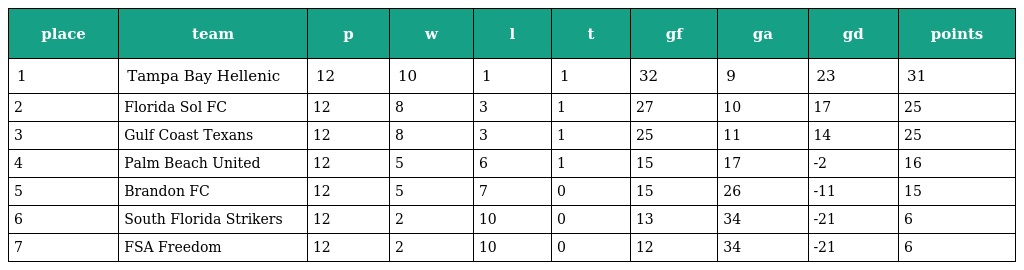
| place | team | p | w | l | t | gf | ga | gd | points |
 | --- | --- | --- | --- | --- | --- | --- | --- | --- | --- |
 | 1 | Tampa Bay Hellenic | 12 | 10 | 1 | 1 | 32 | 9 | 23 | 31 |
 | 2 | Florida Sol FC | 12 | 8 | 3 | 1 | 27 | 10 | 17 | 25 |
 | 3 | Gulf Coast Texans | 12 | 8 | 3 | 1 | 25 | 11 | 14 | 25 |
 | 4 | Palm Beach United | 12 | 5 | 6 | 1 | 15 | 17 | -2 | 16 |
 | 5 | Brandon FC | 12 | 5 | 7 | 0 | 15 | 26 | -11 | 15 |
 | 6 | South Florida Strikers | 12 | 2 | 10 | 0 | 13 | 34 | -21 | 6 |
 | 7 | FSA Freedom | 12 | 2 | 10 | 0 | 12 | 34 | -21 | 6 |